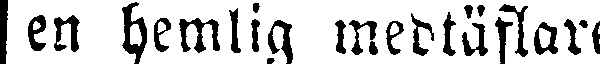
en hemlig medtäflare